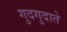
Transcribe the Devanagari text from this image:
गुदगुदाते